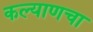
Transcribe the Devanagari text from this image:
कल्याणचा